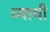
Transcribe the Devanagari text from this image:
व्याथी